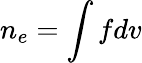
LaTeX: n_{e}=\int fdv